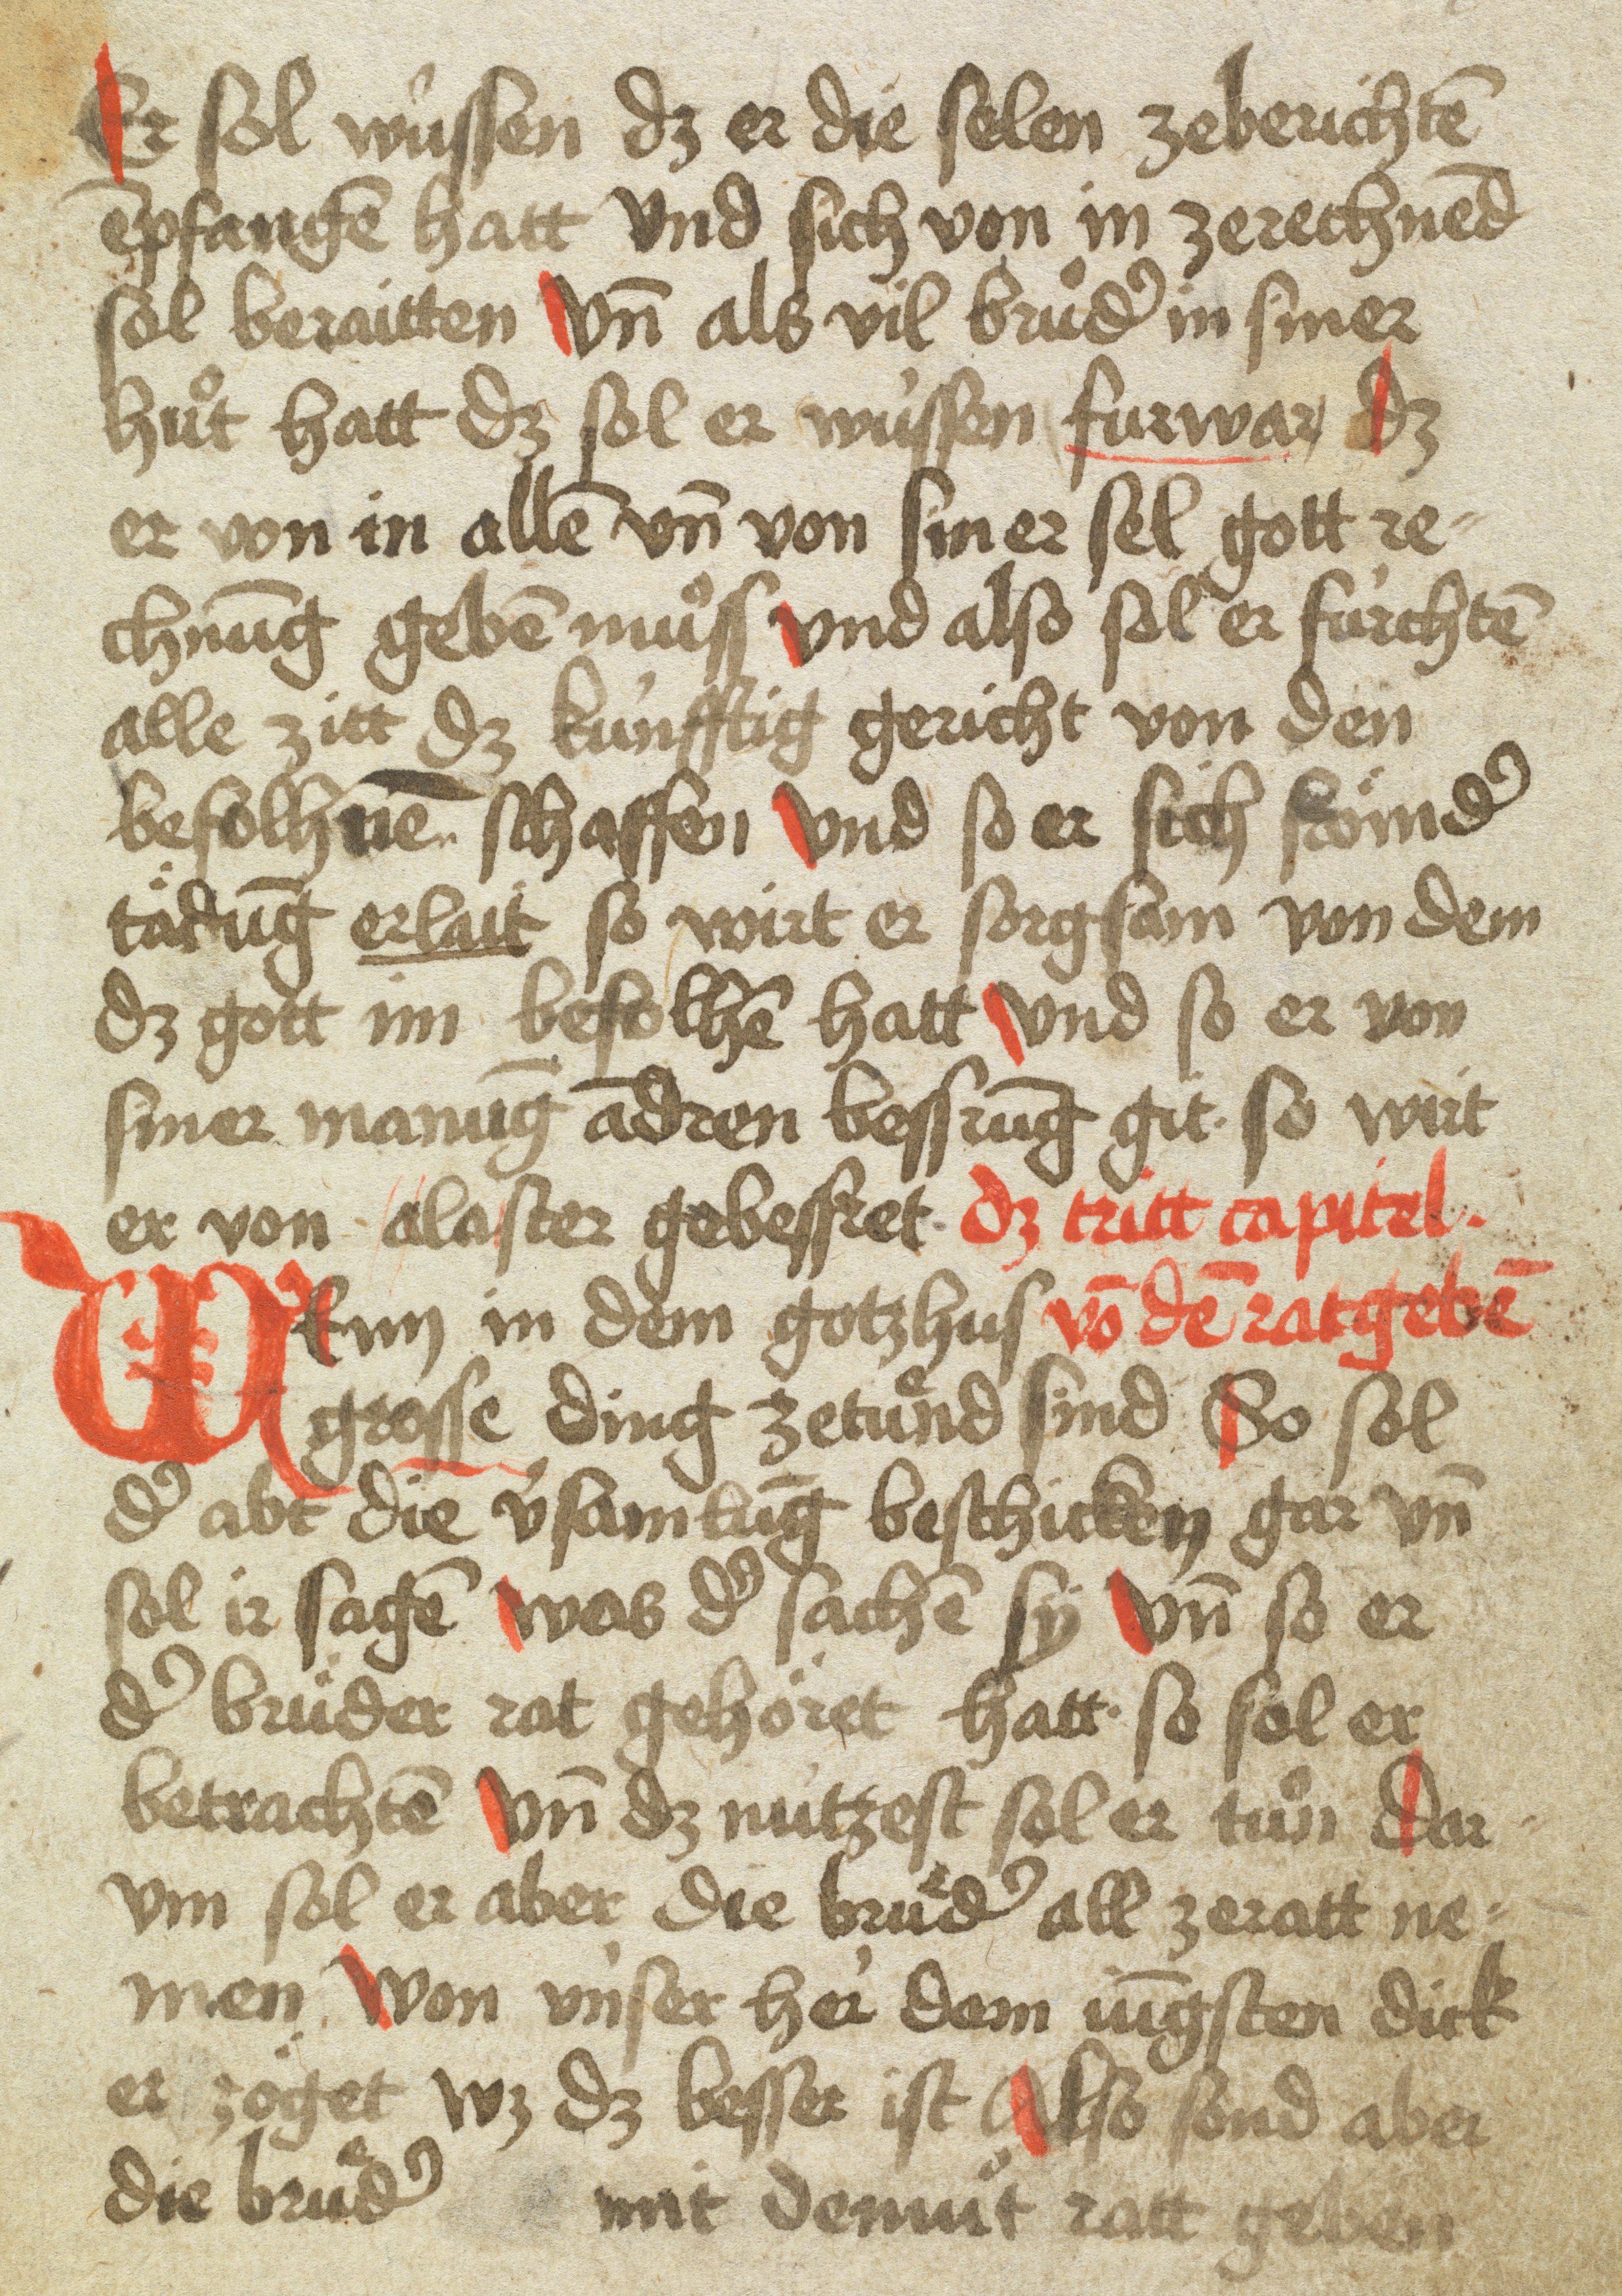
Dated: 1400–1599